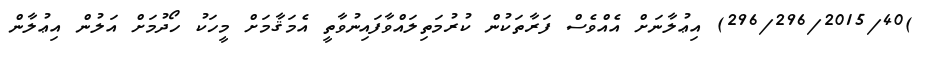
)296/296/2015/40) އިޢުލާނަށް އެއްވެސް ފަރާތަކުން ކުރުމަތިލައްވާފައިނުވާތީ އެމަޤާމަށް މީހަކު ހޯދުމަށް އަލުން އިޢުލާން